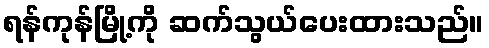
ရန်ကုန်မြို့ကို ဆက်သွယ်ပေးထားသည်။